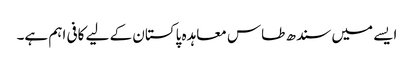
ایسے میں سندھ طاس معاہدہ پاکستان کے لیے کافی اہم ہے۔